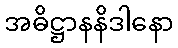
အဓိဋ္ဌာနနိဒါနော